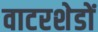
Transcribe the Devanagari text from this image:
वाटरशेडों